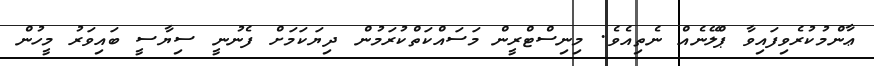
ޢާންމުކުރެވިފައިވާ ޕްލޭނެއް ނެތިއެވެ. މިނިސްޓްރީން މަސައްކަތްކުރަމުން ދިޔަކަމަށް ފެނުނީ ސިޔާސީ ބައިވަރު މީހުން